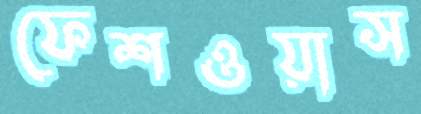
ফেশওয়াস